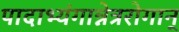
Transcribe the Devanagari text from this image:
पादाभ्यंगान्नेत्ररोगान्